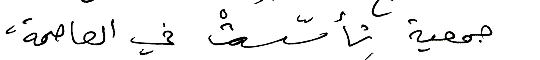
جمعية تأسّستْ في العاصمة،